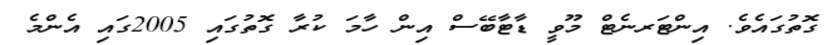
ގޮތުގައެވެ. އިންޓަރނެޓް މޫވީ ޑާޓާބޭސް އިން ހާމަ ކުރާ ގޮތުގައި 2005ގައި އެންމެ